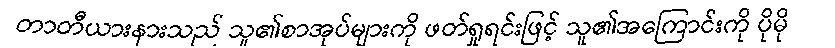
တာတီယားနားသည် သူ၏စာအုပ်များကို ဖတ်ရှုရင်းဖြင့် သူ၏အကြောင်းကို ပိုမို